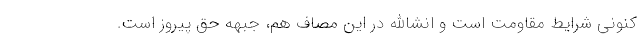
کنونی شرایط مقاومت است و انشاالله در این مصاف هم، جبهه حق پیروز است.